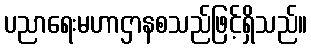
ပညာရေးမဟာဌာနစသည်ဖြင့်ရှိသည်။